Report on horse surra - Volume II, Part II
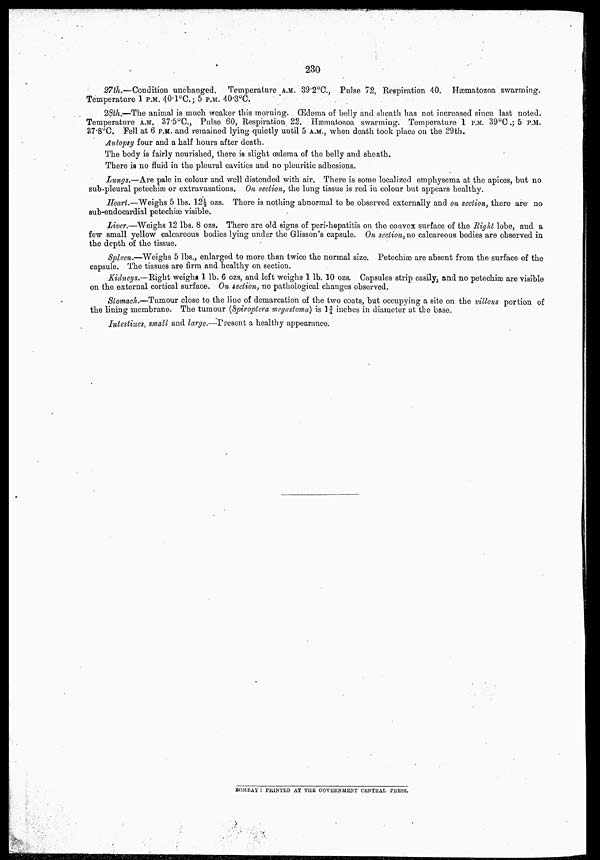
230
27th.—Condition unchanged. Temperature A.M. 39.2°C., Pulse 72, Respiration 40. Hæmatozoa swarming.
Temperature 1 P.M. 40.1°C.; 5 P.M. 40.3°C.
28th.—The animal is much weaker this morning. Œdema of belly and sheath has not increased since last noted.
Temperature A.M. 37.5°C., Pulse 60, Respiration 22. Hæmatozoa swarming. Temperature 1 P.M. 39°C.; 5 P.M.
37.8°C. Fell at 6 P.M. and remained lying quietly until 5 A.M., when death took place on the 29th.
Autopsy four and a half hours after death.
The body is fairly nourished, there is slight œdema of the belly and sheath.
There is no fluid in the pleural cavities and no pleuritic adhesions.
Lungs.—Are pale in colour and well distended with air. There is some localized emphysema at the apices, but no
sub-pleural petechiæ or extravasations. On section, the lung tissue is red in colour but appears healthy.
Heart.—Weighs 5 lbs. 12½ ozs. There is nothing abnormal to be observed externally and on section, there are no
sub-endocardial petechiæ visible.
Liver.—Weighs 12 lbs. 8 ozs. There are old signs of peri-hepatitis on the convex surface of the Right lobe, and a
few small yellow calcareous bodies lying under the Glisson's capsule. On section, no calcareous bodies are observed in
the depth of the tissue.
Spleen.—Weighs 5 lbs., enlarged to more than twice the normal size. Petechiæ are absent from the surface of the
capsule. The tissues are firm and healthy on section.
Kidneys.—Right weighs 1 lb. 6 ozs, and left weighs 1 lb. 10 ozs. Capsules strip easily, and no petechiæ are visible
on the external cortical surface. On section, no pathological changes observed.
Stomach.—Tumour close to the line of demarcation of the two coats, but occupying a site on the villous portion of
the lining membrane. The tumour (Spiroptera megastoma) is 1¾ inches in diameter at the base.
Intestines, small and large.—Present a healthy appearance.
BOMBAY : PRINTED AT THE GOVERNMENT CENTRAL PRESS.